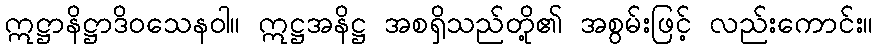
ဣဋ္ဌာနိဋ္ဌာဒိဝသေနဝါ။ ဣဋ္ဌအနိဋ္ဌ အစရှိသည်တို့၏ အစွမ်းဖြင့် လည်းကောင်း။